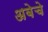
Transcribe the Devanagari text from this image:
अबेचे